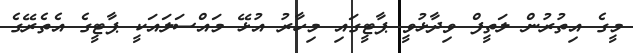
މީގެ އިތުރުން ލަތީފް ވިދާޅުވީ ޕާޓީގައި މިހާރު އުޅޭ މައްސަލައަކީ ޕާޓީގެ އެތެރޭގެ